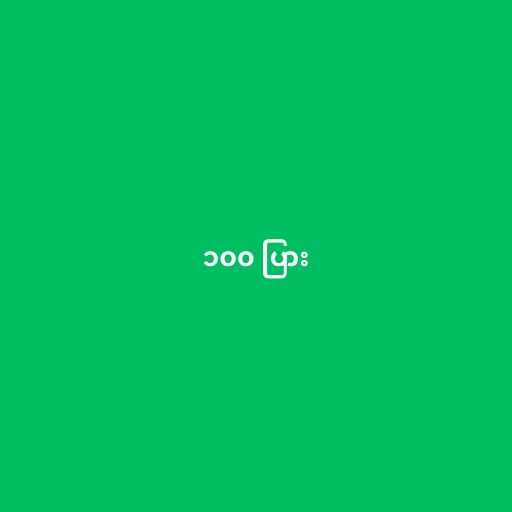
၁၀၀ ပြား